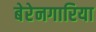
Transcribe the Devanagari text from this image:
बेरेनगारिया